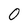
Character: 0